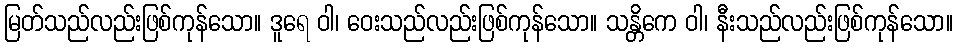
မြတ်သည်လည်းဖြစ်ကုန်သော။ ဒူရေ ဝါ၊ ဝေးသည်လည်းဖြစ်ကုန်သော။ သန္တိကေ ဝါ၊ နီးသည်လည်းဖြစ်ကုန်သော။